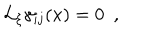
LaTeX: { \cal L } _ { \xi } \gamma _ { i j } ( x ) = 0 ~ ~ ,